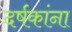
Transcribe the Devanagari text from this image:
दर्षकांना